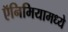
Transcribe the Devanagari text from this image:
ऍनिमियामध्ये